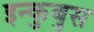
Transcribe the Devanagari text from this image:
इन्कुबुस